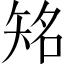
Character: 𥏍